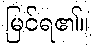
မြင်ရ၏။